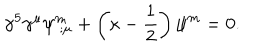
\gamma ^ { 5 } \gamma ^ { \mu } \psi _ { \ ; \mu } ^ { m } + \left( \kappa - { \frac { 1 } { 2 } } \right) \psi ^ { m } = 0 .